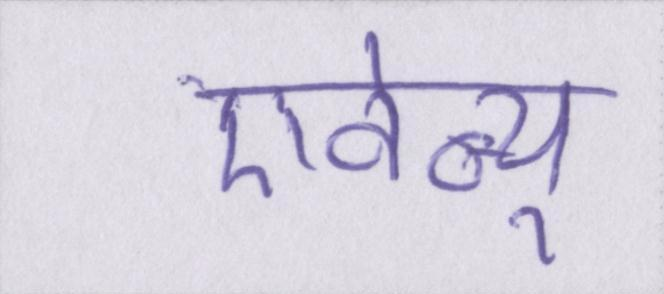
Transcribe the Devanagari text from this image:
एवेन्यू